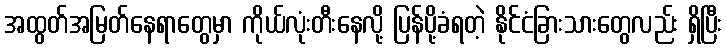
အထွတ်အမြတ်နေရာတွေမှာ ကိုယ်လုံးတီးနေလို့ ပြန်ပို့ခံရတဲ့ နိုင်ငံခြားသားတွေလည်း ရှိပြီး